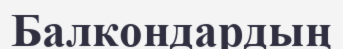
Балкондардың